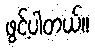
ဖွင့်ပါတယ်။